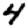
Digit: 4